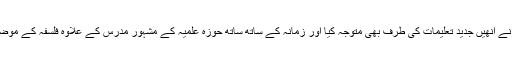
لیکن ان کی لگن اور شوق نے انھیں جدید تعلیمات کی طرف بھی متوجہ کیا اور زمانہ کے ساتھ ساتھ حوزہ علمیہ کے مشہور مدرس کے علاوہ فلسفہ کے موضوع میں ڈاکٹریٹ بھی کیا۔